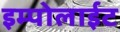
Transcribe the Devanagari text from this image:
इम्पोलाईट